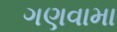
ગણવામા